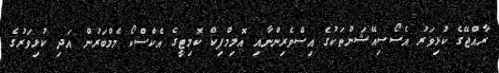
ރާއްޖޭގެ ކުޅިވަރު އެސޯސިއޭޝަންތަކުގެ އިސްވެރިންނާއި އޮލިމްޕިކް ކޮމިޓީގެ އެކްސްކޯ މެމްބަރުން އަދި ކުޅިވަރުގެ